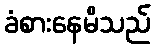
ခံစားနေမိသည်